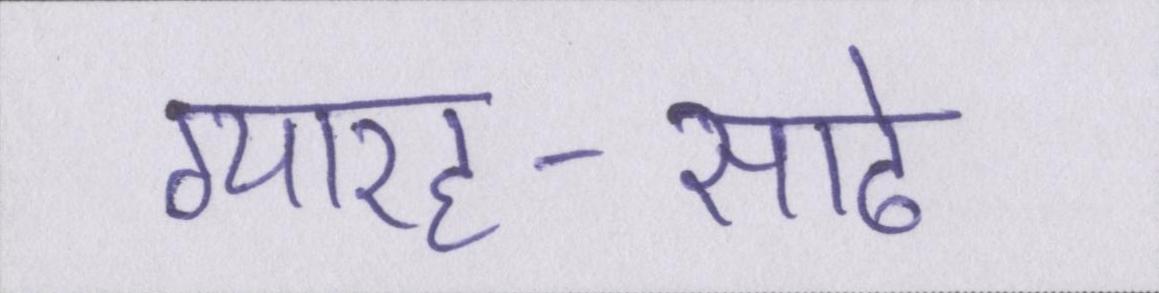
ग्यारह-साढे